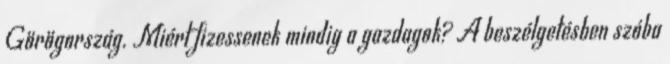
Görögország. Miért fizessenek mindig a gazdagok? A beszélgetésben szóba